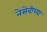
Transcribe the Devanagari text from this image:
नेसेबीच्या